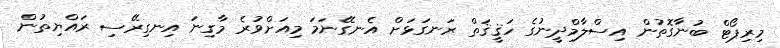
މިރިޕޯޓް ބުނާގޮތުން އިސްލާމްދީނުގެ ހަޤީޤަތް ރަނގަޅަށް އެނގޭނަމަ މިއަށްވުރެ މާގިނަ އިނގިރޭސި ރައްޔިތުން